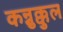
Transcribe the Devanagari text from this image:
कन्नुक्कुल